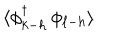
LaTeX: \langle \phi _ { k - h } ^ { \dagger } \, \phi _ { \ell - h } \rangle